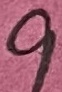
Text: 9